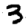
Digit: 3